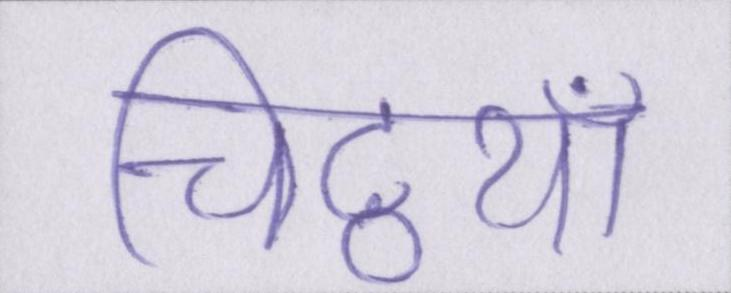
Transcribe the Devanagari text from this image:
चिट्ठयां